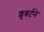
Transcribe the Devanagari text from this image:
शुबर्टने